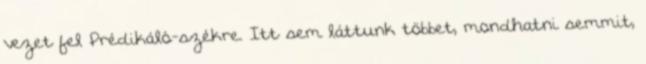
vezet fel Prédikáló-székre. Itt sem láttunk többet, mondhatni semmit,